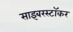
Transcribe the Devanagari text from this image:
साइबरस्टॉकर